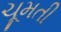
ચૂમતી